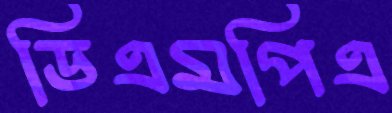
ডিএমপিএ